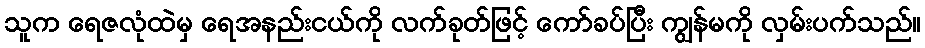
သူက ရေဇလုံထဲမှ ရေအနည်းငယ်ကို လက်ခုတ်ဖြင့် ကော်ခပ်ပြီး ကျွန်မကို လှမ်းပက်သည်။